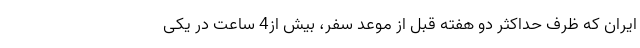
ایران که ظرف حداکثر دو هفته قبل از موعد سفر، بیش از4 ساعت در یکی